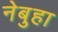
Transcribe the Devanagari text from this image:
नेबुहा